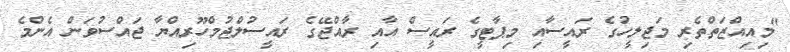
"މިއިއްޒަތްތެރި މަޖިލީހުގެ ރައީސާއި މިޕާޓީގެ ރައީސް އާއި ރާއްޖޭގެ ރައީސުލްޖުމްހޫރިއްޔާ ޖައްސުވަން އެންމެ